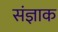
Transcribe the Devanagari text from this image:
संज्ञाक